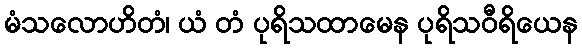
မံသလောဟိတံ၊ ယံ တံ ပုရိသထာမေန ပုရိသဝီရိယေန